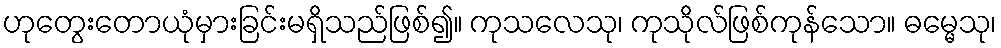
ဟုတွေးတောယုံမှားခြင်းမရှိသည်ဖြစ်၍။ ကုသလေသု၊ ကုသိုလ်ဖြစ်ကုန်သော။ ဓမ္မေသု၊